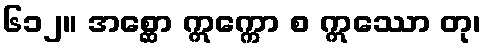
၆၁၂။ အစ္ဆော ဣက္ကော စ ဣဿော တု၊